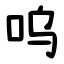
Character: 呜